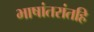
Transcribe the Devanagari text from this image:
भाषांतरांतहि